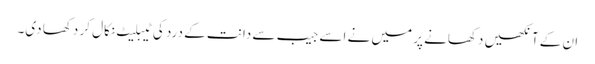
ان کے آنکھیں دکھانے پر میں نے اسے جیب سے دانت کے درد کی ٹیبلیٹ نکال کر دکھا دی۔